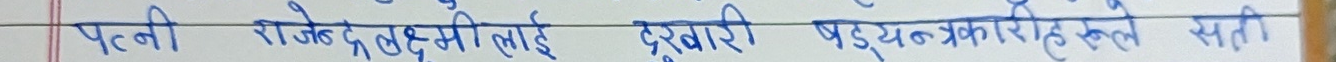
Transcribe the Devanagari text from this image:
पत्नी राजेन्द्रलक्ष्मी लाई दुर्वारी षड्यन्त्रहरुले सही